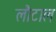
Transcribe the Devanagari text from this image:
लौटाल